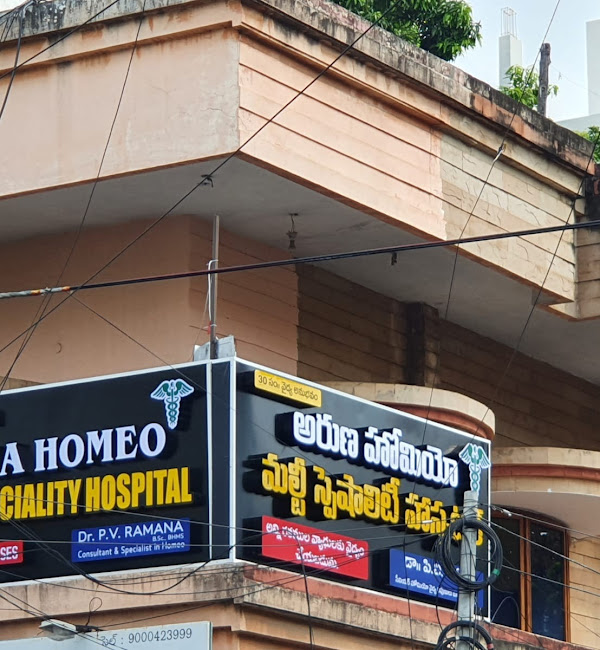
Language: kannada
Transcription: ಅರುಣ